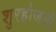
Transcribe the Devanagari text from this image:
शुरहोजली